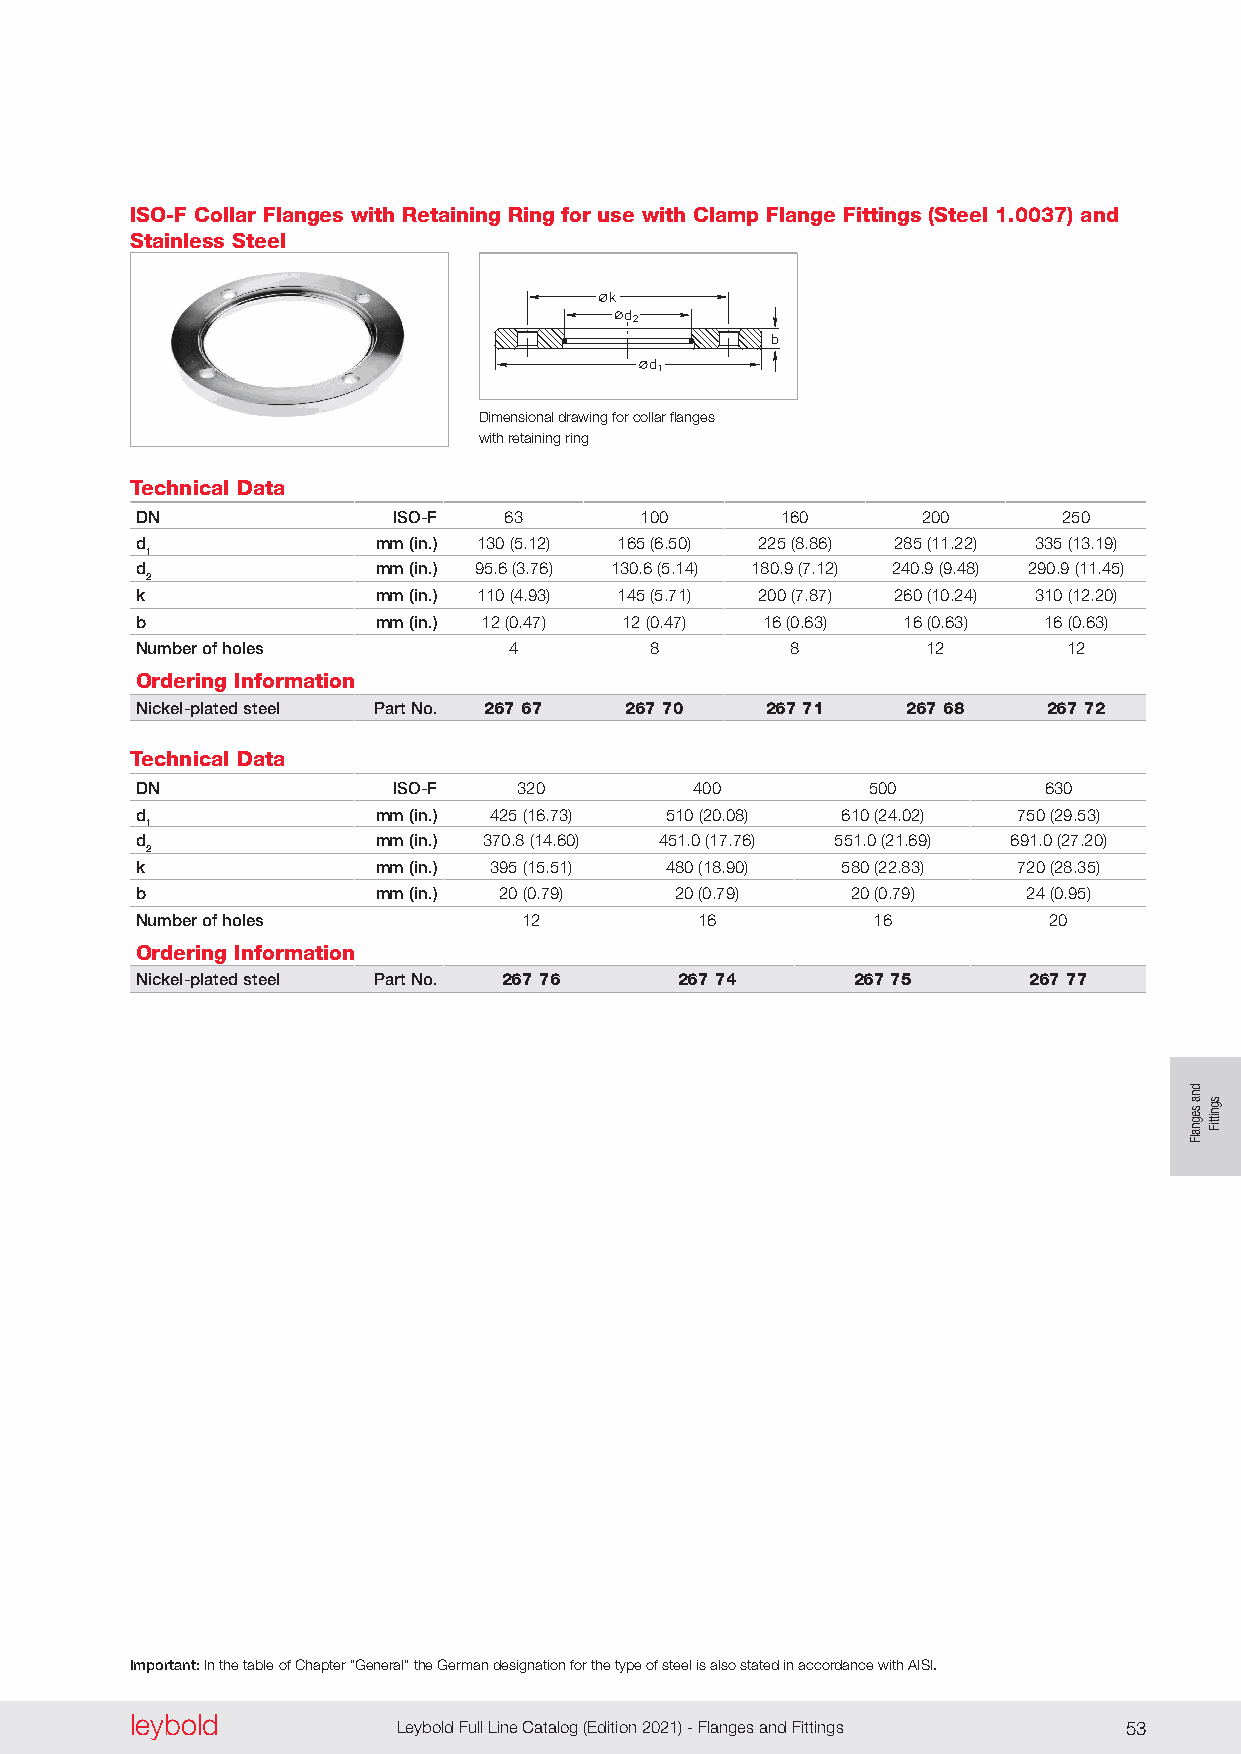
ISO-F Collar Flanges with Retaining Ring for use with Clamp Flange Fittings (Steel 1.0037) and
 Stainless Steel
 k
 d2
 b
 d1
 Dimensional drawing for collar flanges
 with retaining ring
 Technical Data
 DN               ISO-F  63       100       160      200      250
 d               mm (in.) 130 (5 .12) 165 (6 .50) 225 (8 .86) 285 (11 .22) 335 (13 .19)
 1
 d               mm (in.) 95 .6 (3 .76) 130 .6 (5 .14) 180 .9 (7 .12) 240 .9 (9 .48) 290 .9 (11 .45)
 2
 k               mm (in.) 110 (4 .93) 145 (5 .71) 200 (7 .87) 260 (10 .24) 310 (12 .20)
 b               mm (in.) 12 (0 .47) 12 (0 .47) 16 (0 .63) 16 (0 .63) 16 (0 .63)
 Number of holes          4        8        8        12        12
 Ordering Information
 Nickel-plated steel Part No. 267 67 267 70 267 71  267 68   267 72
 Technical Data
 DN               ISO-F   320         400        500         630
 d               mm (in.) 425 (16 .73) 510 (20 .08) 610 (24 .02) 750 (29 .53)
 1
 d               mm (in.) 370 .8 (14 .60) 451 .0 (17 .76) 551 .0 (21 .69) 691 .0 (27 .20)
 2
 k               mm (in.) 395 (15 .51) 480 (18 .90) 580 (22 .83) 720 (28 .35)
 b               mm (in.) 20 (0 .79) 20 (0 .79) 20 (0 .79)  24 (0 .95)
 Number of holes           12         16          16         20
 Ordering Information
 Nickel-plated steel Part No. 267 76 267 74     267 75      267 77
 Important: In the table of Chapter “General” the German designation for the type of steel is also stated in accordance with AISI.
 leybold  leybold
 52 Leybold Full Line Catalog (Edition 2021) - Flanges and Fittings Leybold Full Line Catalog (Edition 2021) - Flanges and Fittings 53
 dna
 segnalF
 sgnittiF